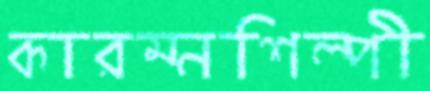
কারম্নশিল্পী